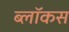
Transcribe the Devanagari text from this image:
ब्लॉकस